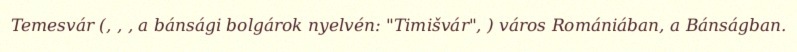
Temesvár (, , , a bánsági bolgárok nyelvén: "Timišvár", ) város Romániában, a Bánságban.